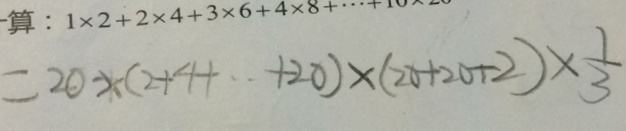
= 2 0 \times ( 2 + 4 + \cdot + 2 0 ) \times ( 2 0 + 2 0 + 2 ) \times \frac { 1 } { 3 }